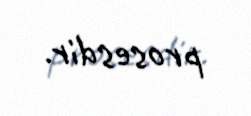
prosesdir.